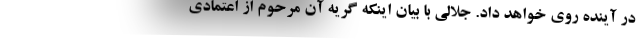
در آینده روی خواهد داد. جلالی با بیان اینکه گریه آن مرحوم از اعتمادی